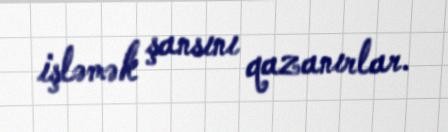
işləmək şansını qazanırlar.